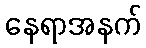
နေရာအနက်